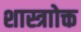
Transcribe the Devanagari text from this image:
शास्त्राोक्त